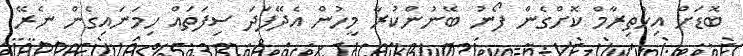
ބޮޑަށް އިހްތިރާމް ކޮށްގެން ފޯނު ބޭނުންކުރާ މީހުން އެދޭފަދަ ސިފަތައް ހިމަނައިގެން ނެރޭ